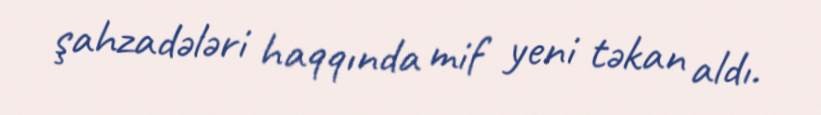
şahzadələri haqqında mif yeni təkan aldı.